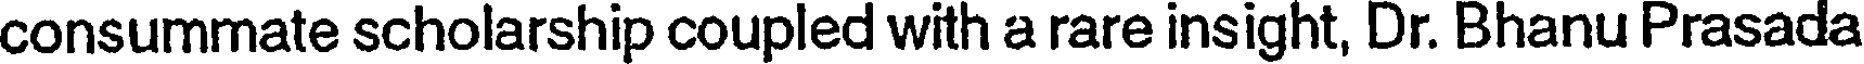
consummate scholarship coupled with a rare insight, Dr. Bhanu Prasada